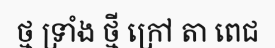
ថ្ម ទ្រាំង ថ្មី ក្រៅ តា ពេជ